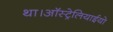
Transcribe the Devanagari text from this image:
था।ऑस्ट्रेलियाईयो